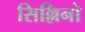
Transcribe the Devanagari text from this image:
सिल्लिनो